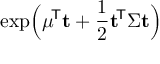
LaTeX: \exp \! { \Big ( } { \boldsymbol { \mu } } ^ { \! { \mathsf { T } } } \mathbf { t } + { \frac { 1 } { 2 } } \mathbf { t } ^ { \! { \mathsf { T } } } { \boldsymbol { \Sigma } } \mathbf { t } { \Big ) }